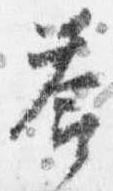
答